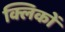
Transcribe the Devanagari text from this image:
क्लिकों